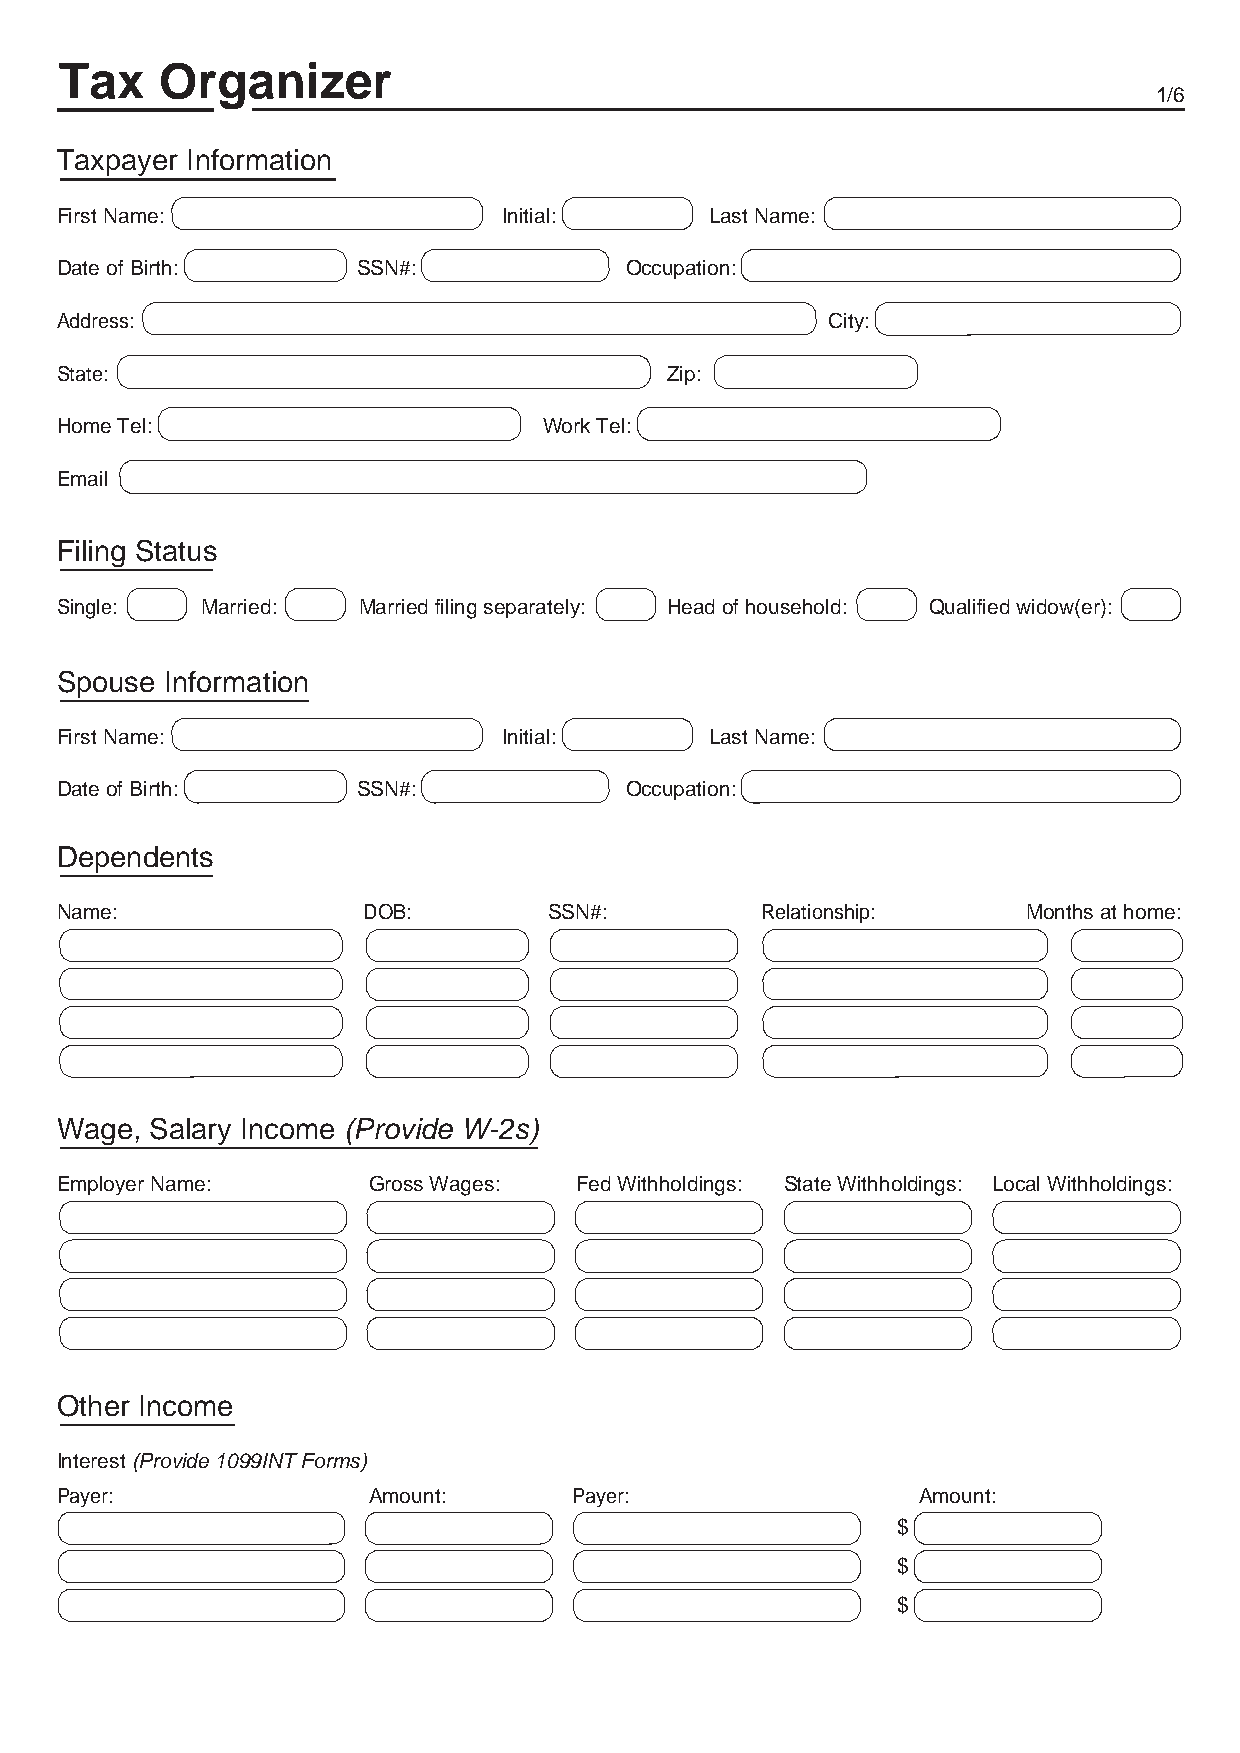
Tax    Organizer
 1/6
 Taxpayer Information
 First Name:                  Initial:      Last Name:
 Date of Birth:      SSN#:            Occupation:
 Address:                                           City:
 State:                                  Zip:
 Home Tel:                       Work Tel:
 Email
 Filing Status
 Single:  Married:   Married filing separately: Head of household: Qualified widow(er):
 Spouse Information
 First Name:                  Initial:      Last Name:
 Date of Birth:      SSN#:            Occupation:
 Dependents
 Name:               DOB:        SSN#:         Relationship:     Months at home:
 Wage, Salary Income (Provide W-2s)
 Employer Name:      Gross Wages:  Fed Withholdings: State Withholdings: Local Withholdings:
 Other Income
 Interest (Provide 1099INT Forms)
 Payer:              Amount:       Payer:                 Amount:
 $
 $
 $